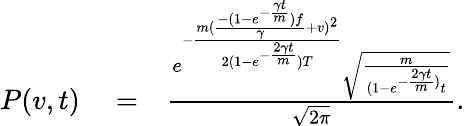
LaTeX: \begin{array}{rlr}{P(v,t)}&{{}=}&{{\frac{e^{-{\frac{m({\frac{-(1-e^{-{\frac{\gamma t}{m}}})f}{\gamma}}+v)^{2}}{2(1-e^{-{\frac{2\gamma t}{m}}})T}}}\sqrt{{\frac{m}{(1-e^{-{\frac{2\gamma t}{m}})}t}}}}{\sqrt{2\pi}}}.}\end{array}